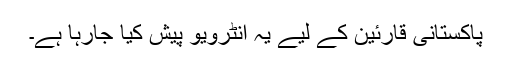
پاکستانی قارئین کے لیے یہ انٹرویو پیش کیا جارہا ہے۔